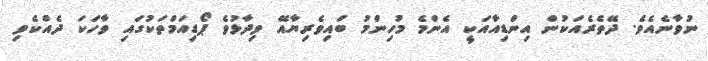
ނުވާނެއެވެ. ދޭތެރެއަކުން އިންޑިއާއަކީ އެންމެ މުހިންމު ބައިވެރިޔާއޭ ވިދާޅުވެ ޕޯޑިއަމްތަކުގައި ވާހަކަ ދެއްކެވި